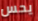
يحس